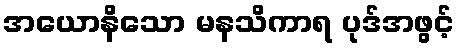
အယောနိသော မနသိကာရ ပုဒ်အဖွင့်